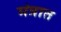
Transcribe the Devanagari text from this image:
मंत्रात